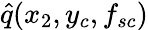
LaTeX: \hat{q}(x_{2},y_{c},f_{sc})